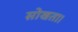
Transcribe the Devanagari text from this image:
सोखता।